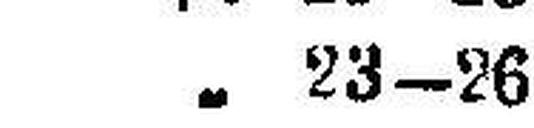
„ 23—26